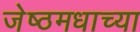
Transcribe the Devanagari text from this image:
जेष्ठमधाच्या